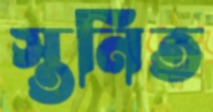
স্তনিত